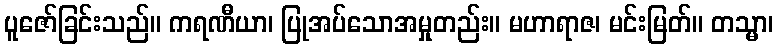
ပူဇော်ခြင်းသည်။ ကရဏီယာ၊ ပြုအပ်သောအမှုတည်း။ မဟာရာဇ၊ မင်းမြတ်။ တသ္မာ၊